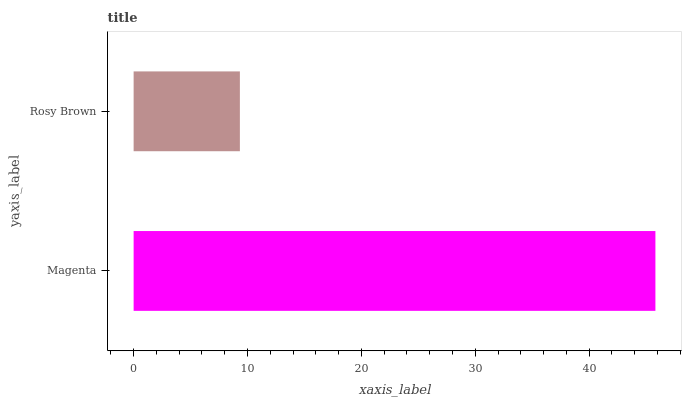
| yaxis_label | bars |
 | --- | --- |
 | Magenta | 45.8 |
 | Rosy Brown | 9.33 |